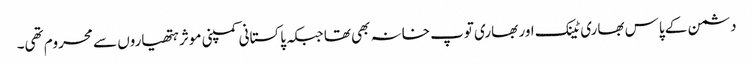
دشمن کے پاس بھاری ٹینک اور بھاری توپ خانہ بھی تھا جبکہ پاکستانی کمپنی موثر ہتھیاروں سے محروم تھی۔